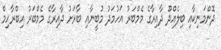
ދޮންމަނިކާއި ބިލެއްދޫ ދާއިރާގެ މެމްބަރު އަހުމަދު މުބީނާއި ބާރަށު ދާއިރާގެ މެމްބަރު އިބްރާހިމް